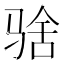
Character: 𱅚